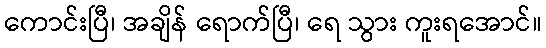
ကောင်းပြီ၊ အချိန် ရောက်ပြီ၊ ရေ သွား ကူးရအောင်။